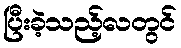
ပြီးခဲ့သည့်လတွင်